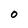
Character: 0